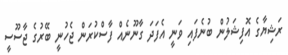
ރަޝިޔާގެ އޮފިޝަލުން ބުނެފައި ވަނީ އެފަދަ ގާނޫނެއް ފާސްކުރަން ޖެހުނީ ބޭރުގެ ޖާސޫސީ